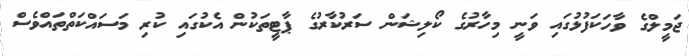
ޖަމީލްގެ ވާހަކަފުޅުގައި ވަނީ މިހާރުގެ ކޯލިޝަން ސަރުކާރުގެ ޕާޓީތަކުން އެކުގައި ކުރި މަސައްކަތްތައްވެސް